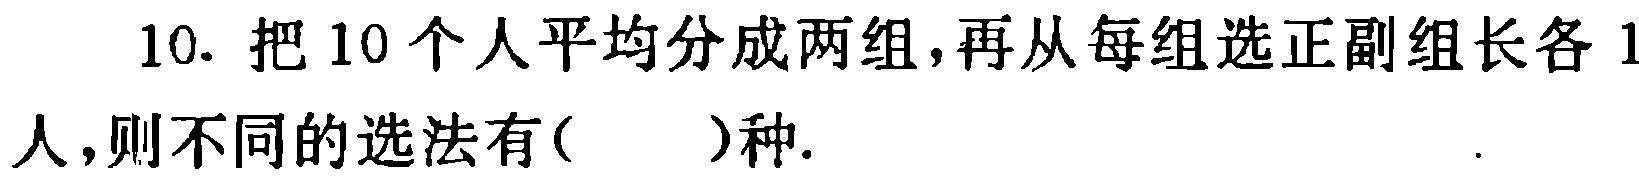
10. 把10个人平均分成两组，再从每组选正副组长各1人，则不同的选法有( )种.